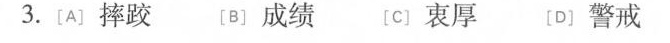
3.[A〕摔跤 〔B〕成绩 [C〕衷厚 [D〕警戒